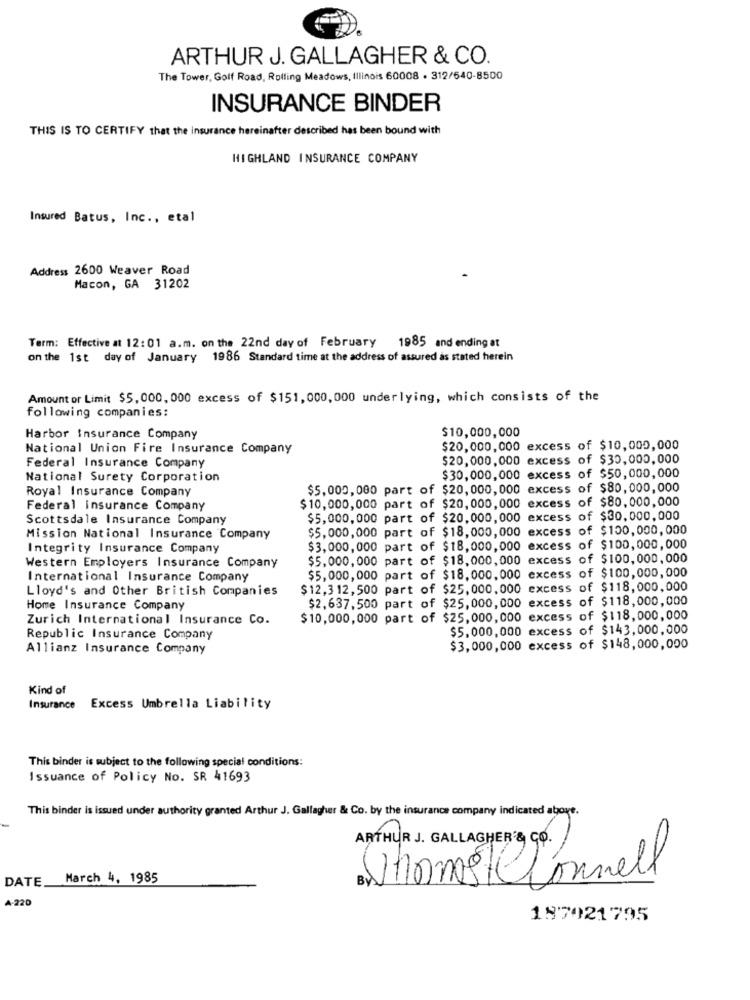
ARTHUR J. GALLAGHER & CO.
The Tower, Golf Road, Rolling Meadows, Illinois 60008 . 312/640-8500
INSURANCE BINDER
THIS IS TO CERTIFY that the insurance hereinafter described has been bound with
HIGHLAND INSURANCE COMPANY
Insured Batus, Inc ., etal
Address 2600 Weaver Road
Macon, GA 31202
Term: Effective at 12:01 a.m. on the 22nd day of February 1985 and ending at
on the 1st day of January 1986 Standard time at the address of assured as stated herein
Amount or Limit $5, 000, 000 excess of $151, 000, 000 underlying, which consists of the
following companies:
$10,000,000
Harbor insurance Company
National Union Fire Insurance Company
$20,000, 000 excess of $10,000,000
Federal Insurance Company
$20,000,000 excess of $30,000,000
$30,000,000 excess of $50,000,000
National Surety Corporation
Royal Insurance Company
$5,000,000 part of $20,000, 000 excess of $80,000,000
$10,000,000 part of $20,000, 000 excess of $80,000,000
Federal insurance Company
Scottsdale Insurance Company
$5,000,000 part of $20,000,000 excess of $30,000,000
$5,000,000 part of $18,000, 000 excess of $100,000,000
Mission National Insurance Company
Integrity Insurance Company
$3,000, 000 part of $18,000,000 excess of $100,000,000
$5,000, 000 part of $18,000,000 excess of $100,000,000
Western Employers Insurance Company
excess of $100,000,000
International Insurance Company
$5,000,000 part of $18,000,000
Lloyd's and Other British Companies
$12,3 12, 500 part of $25,000, 000 excess of $118,000,000
$2,637,500 part of $25,000,000 excess of $118,000,000
Home Insurance Company
Zurich International Insurance Co.
$10,000,000 part of $25,000,000 excess of $118,000,000
$5,000,000 excess of $143,000,000
Republic Insurance Company
Allianz Insurance Company
$3,000,000 excess of $148,000,000
Kind of
Insurance Excess Umbrella Liability
This binder is subject to the following special conditions:
Issuance of Policy No. SR 41693
This binder is issued under authority granted Arthur J. Gallagher & Co. by the insurance company indicated above.
ARTHUR J. GALLAGHER & CO.
DATE
March 4, 1985
BY
Jhonst Connell
A-220
197021795